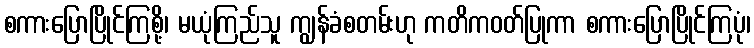
စကားပြောပြိုင်ကြစို့၊ မယုံကြည်သူ ကျွန်ခံစတမ်းဟု ကတိကဝတ်ပြုကာ စကားပြောပြိုင်ကြပုံ၊